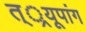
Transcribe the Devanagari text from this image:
त््रयूपांग